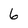
Character: 6